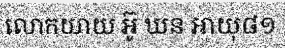
លោកយាយ អ៊ូ ឃន អាយុ៨១